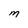
Character: M